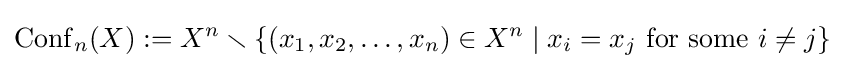
\operatorname {Conf} _{n}(X):=X^{n}\smallsetminus \{(x_{1},x_{2},\ldots ,x_{n})\in X^{n}\mid x_{i}=x_{j}\ {\text{for some }}i\neq j\}